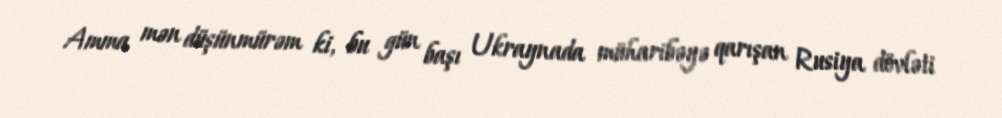
Amma mən düşünmürəm ki, bu gün başı Ukraynada müharibəyə qarışan Rusiya dövləti